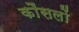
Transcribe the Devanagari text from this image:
कौंसलों